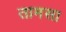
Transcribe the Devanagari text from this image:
तामसा